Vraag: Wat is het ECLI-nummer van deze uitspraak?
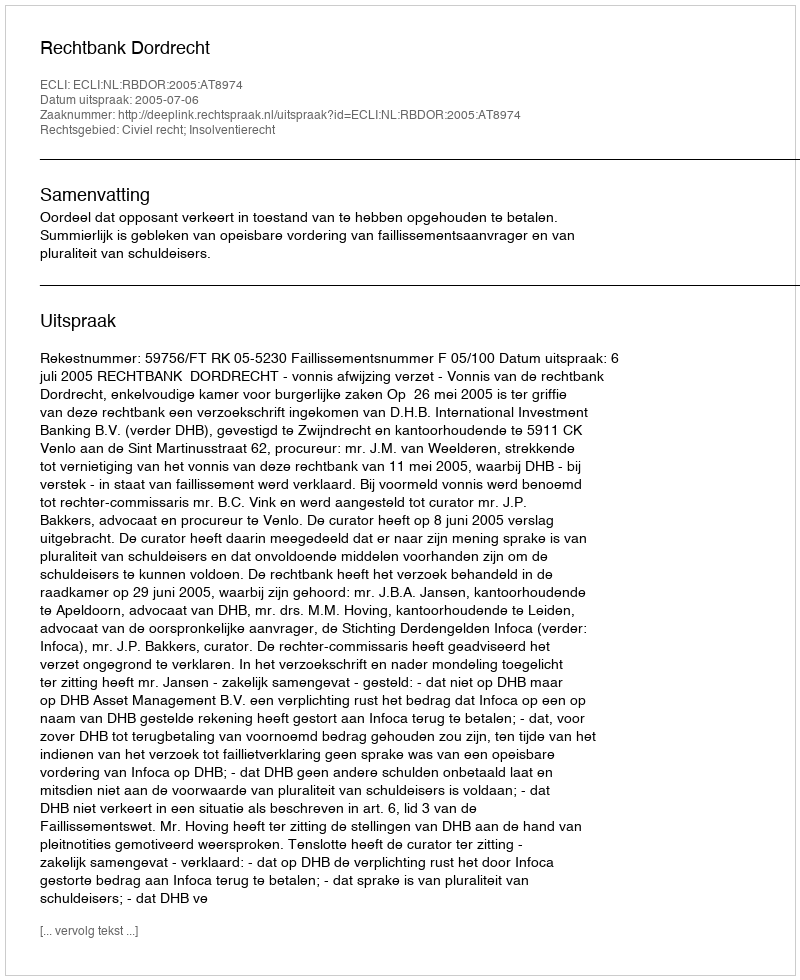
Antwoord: ECLI:NL:RBDOR:2005:AT8974